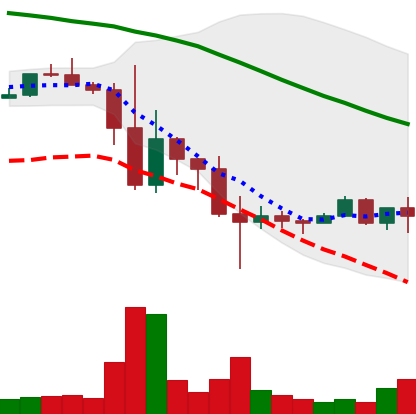
Ticker: TRX-USD
Chart end date: 2022-11-22
Forward return: 5.16%
Label: up_5_7